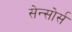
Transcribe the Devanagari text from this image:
सेन्सोर्स